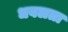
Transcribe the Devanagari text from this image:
धवलता